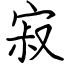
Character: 寂